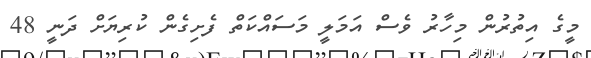
މީގެ އިތުރުން މިހާރު ވެސް އަމަލީ މަސައްކަތް ފެށިގެން ކުރިޔަށް ދަނީ 48